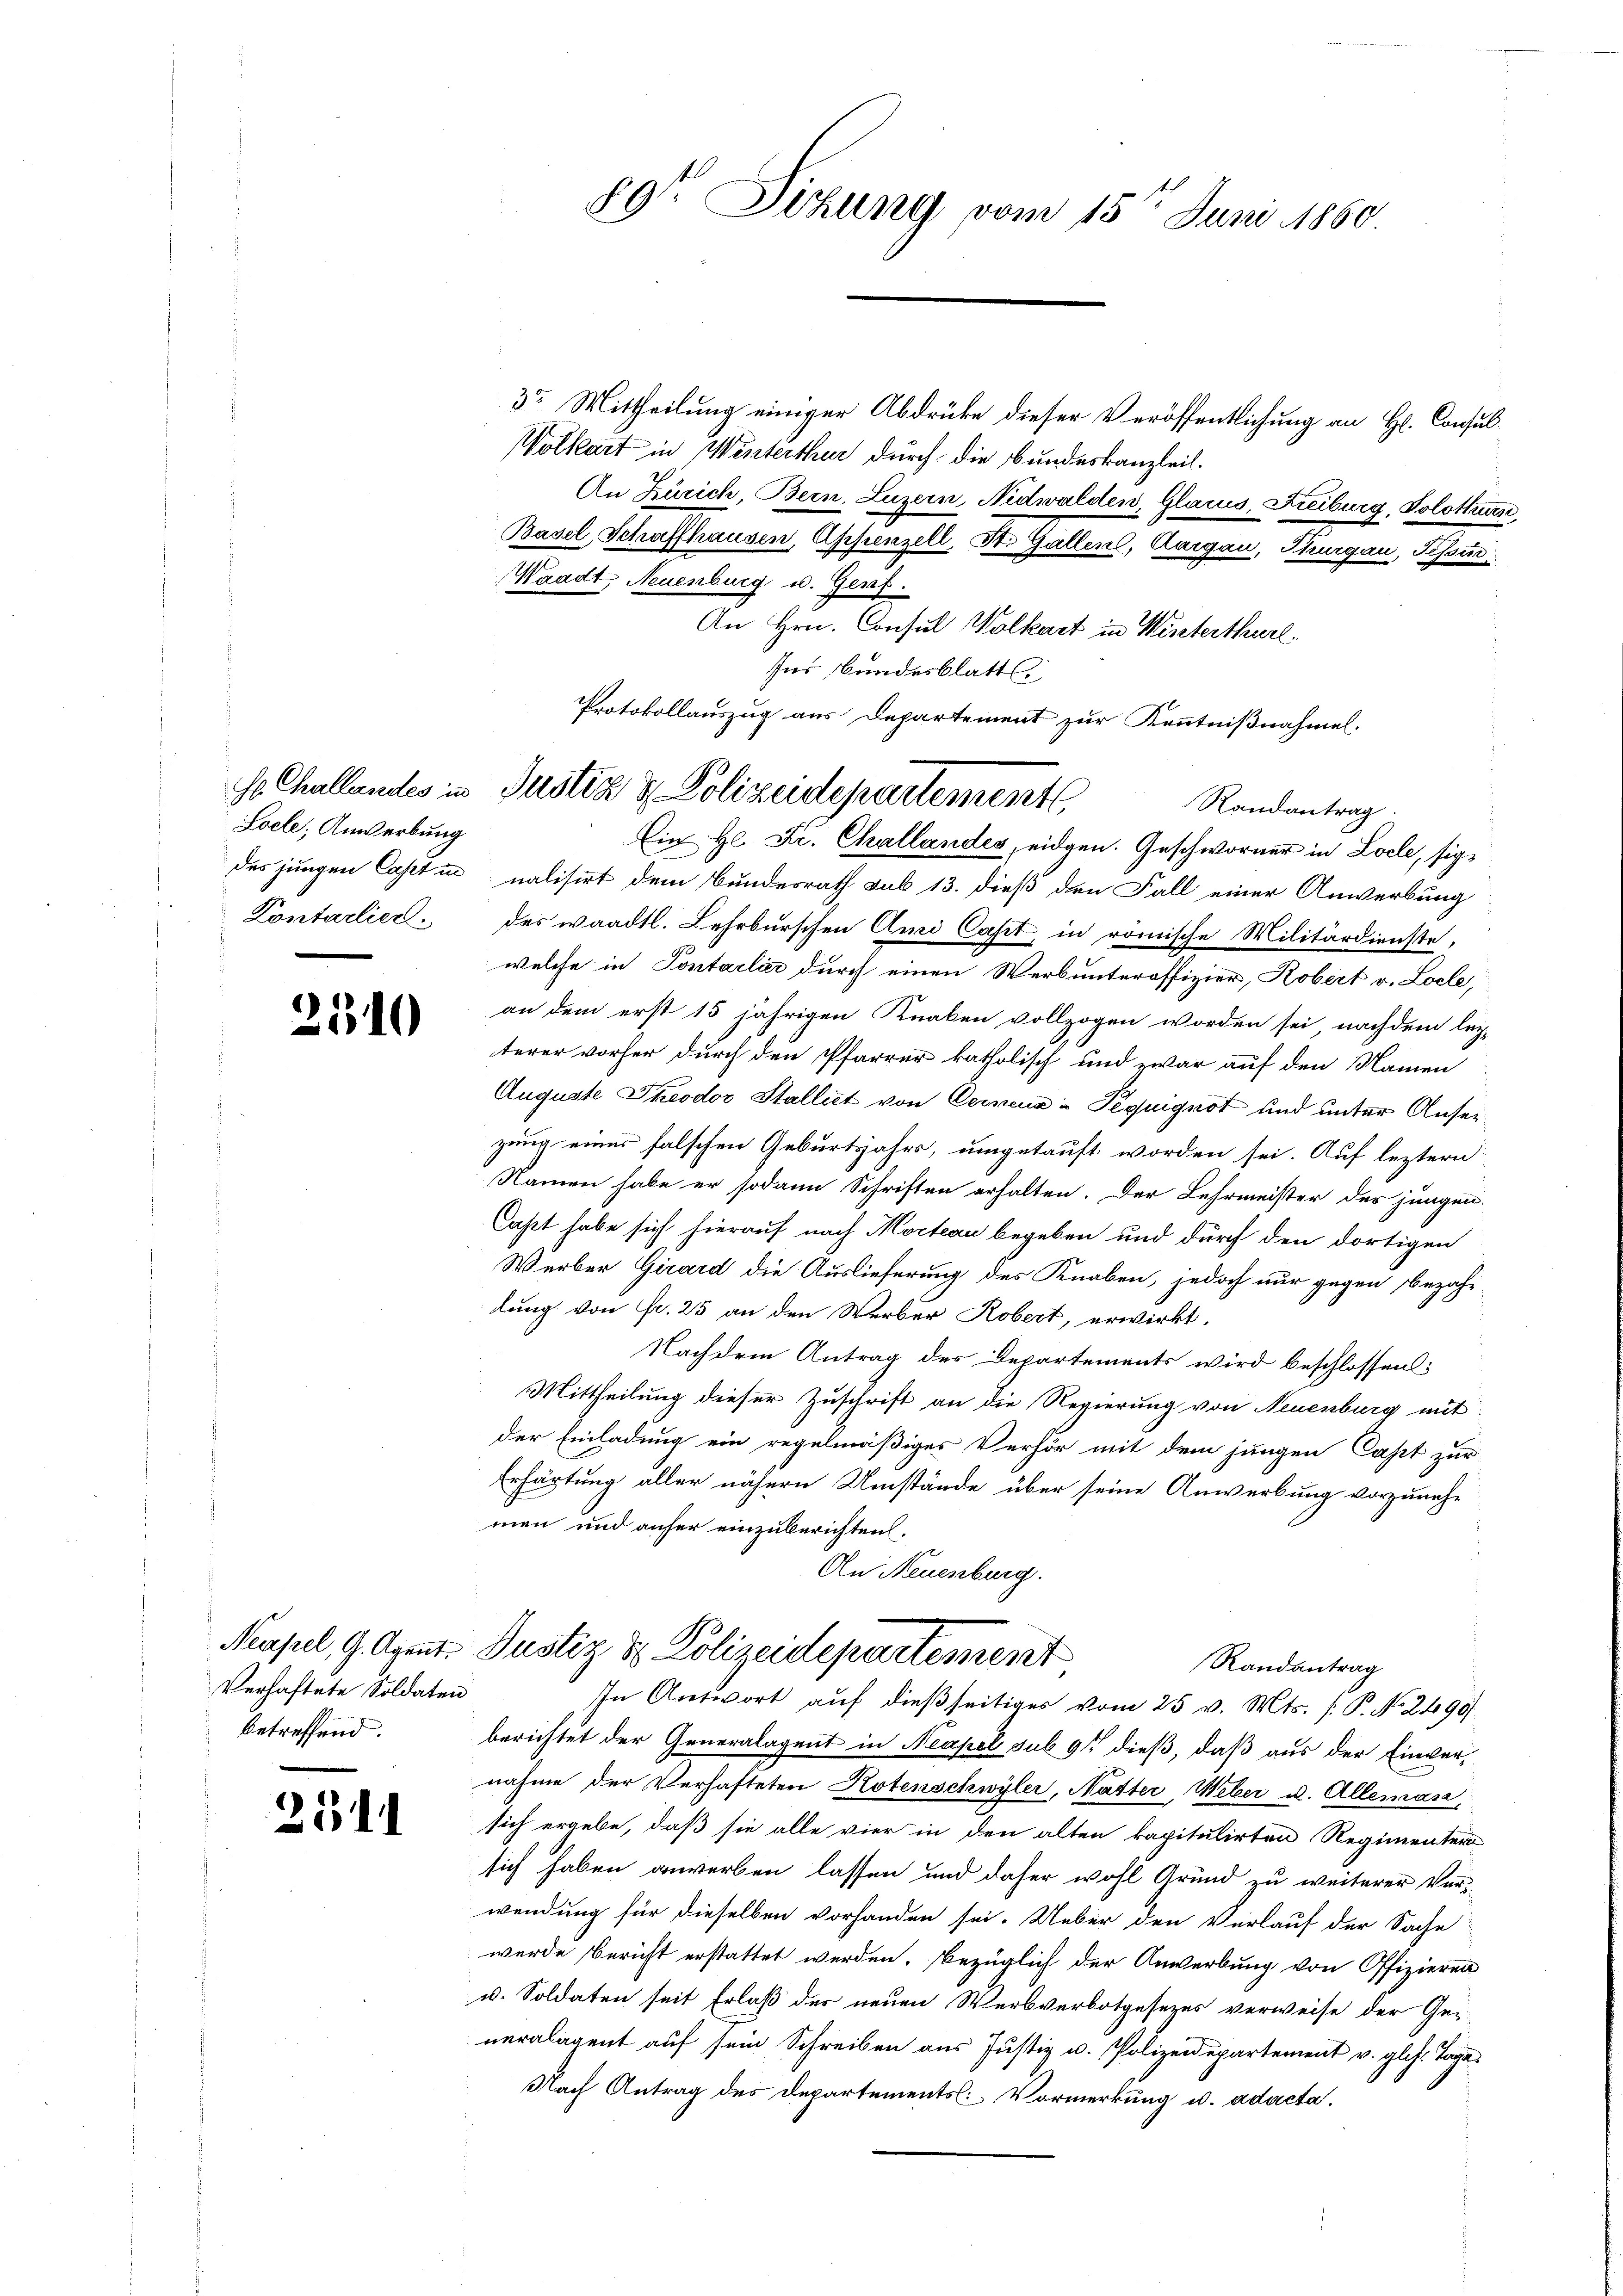
Loele, Anwerbung
Kontarlier.

2510

Verhaftete Soldaten
betreffend.

2311

89te Sitzung vom 15ten Juni 1860.

3r Mittheilung einiger Abdrücke dieser Veröffentlichung an H. Consul¬
Volkart in Winterthur durch die Bundeskanzleit.
An Zürich, Bern, Luzern, Nidwalden, Glarus, Freiburg, Solothurn
Basel Schaffhausen, Appenzell, St. Gallen, Aargau, Thurgau, Tessin
Waadt, Neuenburg u. Genf.
An Hrn. Consul Wolkart in Winterthurl.
Ins Bundesblatt
Randantrag.
Ein H. Fr. Challandes, eidgen. Geschworner in Locle, sigdes jungen Capst in nalisirt dem Bundesrath sub 13. dieß den Fall einer Anwerbung
des waadtl. Lehrburschen Ami Caset, in römische Militärdienste,
welche in Pontarlier durch einen Werbunteroffizier, Robert v. Locle,
an dem erst 15 jährigen Knaben vollzogen worden sei, nachdem lei-
terer vorher durch den Pfarrer katholisch und zwar auf den Namen
Auguste Theodor Stalliet von Cerneue u Teguignot und unter Anseizung einer falschen Geburtsjahrs, umgetauft worden sei. Auf leztern
Namen habe er sodann Schriften erhalten. Der Lehrmeister des jungen
Casst habe sich hierauf nach Morteau begeben und durch den dortigen
Werber Girard die Auslieferung des Knaben, jedoch nur gegen bezahlung von Fr. 25 an den Werber Robert, erwirkt,
Nachdem Antrag des Departements wird beschlossen:
Mittheilung dieser Zuschrift an die Regierung von Neuenburg mit
der Einladung ein regelmäßiges Verhör mit dem jungen Cast zur
Erhärtung aller nähern Umstände über seine Anwerbung vorzuneh-
men und anher einzuberichten.
An Neuenburg.
Neapel, G. Art. Justiz & Polizeidepartement
Randantrag
In Antwort auf dießseitiges vom 25 v. Mts. (: P. No. 2490
berichtet der Generalagent in Neapel sub 9t dieß, daß aus der Einvernahme der Verhafteten Notenschwyler, Mutter, Weber u. Allemas,
sich ergebe, daß sie alle vier in den alten kapitulirten Regimenter
sich haben anwerben lassen und daher wohl Grund zu weiterer Ver-
wendung für dieselben vorhanden sei. Ueber den Verlauf der Sache
wurde Bericht erstattet werden. Bezüglich der Anwerbung von Offizieren
u. Soldaten seit Erlaß der neuen Werbverbotgesezes verweise der Ge-
neralagent auf sein Schreiben aus Justiz u. Polizeidepartement v. gl. h. Tage
Nach Antrag des Departementsl: Vormerkung u. adacta.

Protokollauszug aus Departement zur Kenntnißnahmel.
E. Challandes in Justiz & Polizeidepartement,